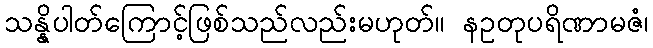
သန္နိပါတ်ကြောင့်ဖြစ်သည်လည်းမဟုတ်။ နဥတုပရိဏာမဇံ၊